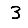
Digit: 3